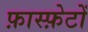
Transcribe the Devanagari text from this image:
फ़ास्फ़ेटों